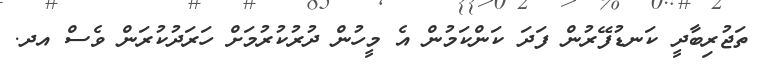
ތަޖުރިބާދީ ކަނޑުފޭރުން ފަދަ ކަންކަމުން އެ މީހުން ދުރުކުރުމަށް ހަރަދުކުރަން ވެސް އދ.